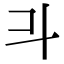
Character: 𣁬